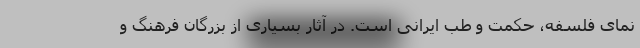
نمای فلسفه، حکمت و طب ایرانی است. در آثار بسیاری از بزرگان فرهنگ و